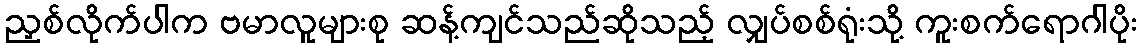
ညှစ်လိုက်ပါက ဗမာလူများစု ဆန့်ကျင်သည်ဆိုသည့် လျှပ်စစ်ရုံးသို့ ကူးစက်ရောဂါပိုး